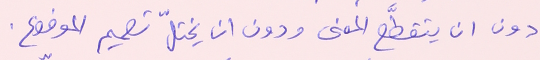
دون ان يتقطَّع المعنى ودون ان يختلّ تصميم الموضوع.